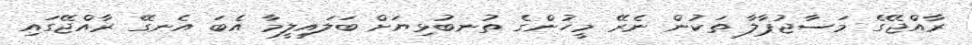
ރާއްޖޭގެ މަސާޖުޕާލާ ތަކުން ނެރޭ މީހުންގެ ތުނބުޅިޔަށް ބަލައިލީމާ އެބަ އެނގޭ ރާއްޖޭގައި